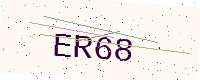
Text: ER68